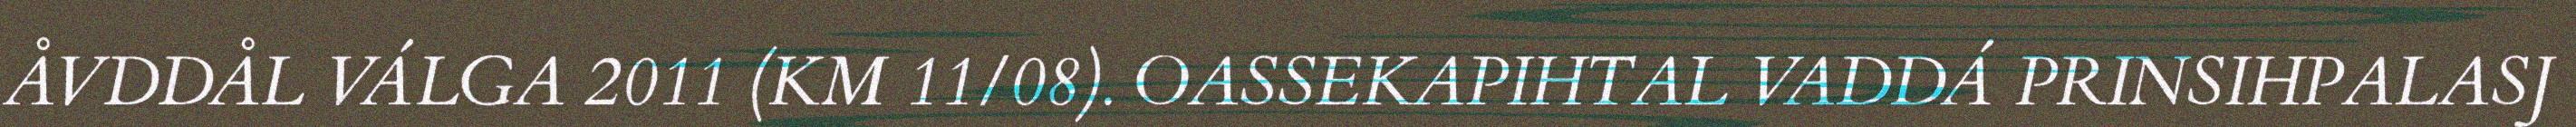
ÅVDDÅL VÁLGA 2011 (KM 11/08). OASSEKAPIHTAL VADDÁ PRINSIHPALASJ